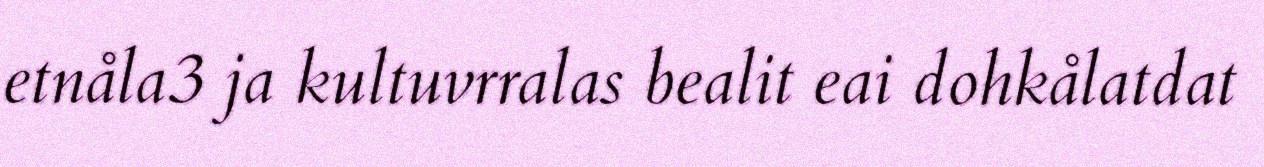
etnåla3 ja kultuvrralas bealit eai dohkålatdat